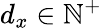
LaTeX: d_{x}\in\mathbb{N}^{+}